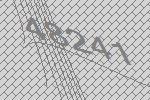
48241